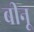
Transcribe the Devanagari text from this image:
बीनू